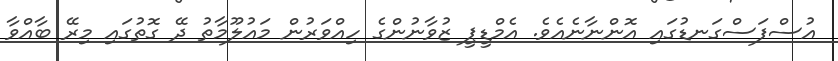
އުސްފަސްގަނޑުގައި އޮންނާނެއެވެ. އެމްޑީޕީ ޒުވާނުންގެ ހިއްވަރުން މައުލޫމާތު ދޭ ގޮތުގައި މިރޭ ބާއްވާ